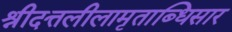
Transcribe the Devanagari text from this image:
श्रीदत्तलीलामृताब्धिसार